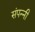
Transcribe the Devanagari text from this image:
संपन्नी